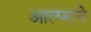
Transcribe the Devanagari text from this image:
आल्प्सचे